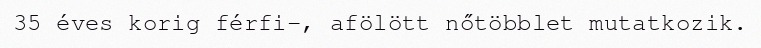
35 éves korig férfi-, afölött nőtöbblet mutatkozik.